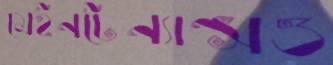
মেইনটেন্যান্সও